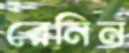
রেনিন